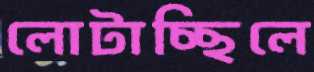
লোটাচ্ছিলে